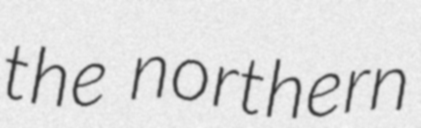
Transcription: the northern